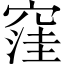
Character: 窪